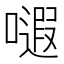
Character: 𱕃